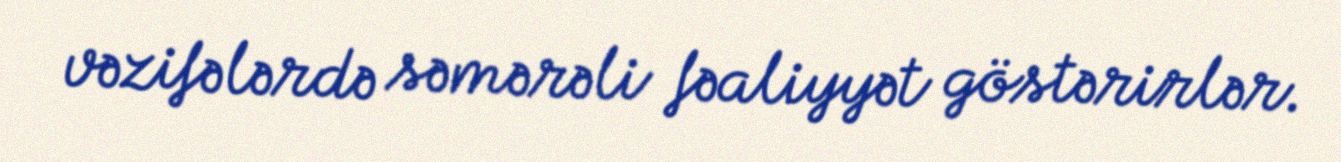
vəzifələrdə səmərəli fəaliyyət göstərirlər.